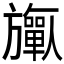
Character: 𬀟